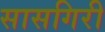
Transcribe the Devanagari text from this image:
सासगिरी